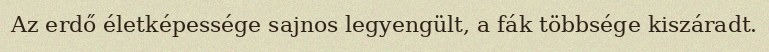
Az erdő életképessége sajnos legyengült, a fák többsége kiszáradt.